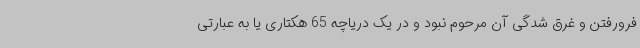
فرورفتن و غرق شدگی آن مرحوم نبود و در یک دریاچه 65 هکتاری یا به عبارتی